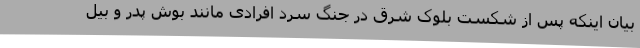
بیان اینکه پس از شکست بلوک شرق در جنگ سرد افرادی مانند بوش پدر و بیل